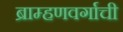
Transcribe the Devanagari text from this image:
ब्राम्हणवर्गाची